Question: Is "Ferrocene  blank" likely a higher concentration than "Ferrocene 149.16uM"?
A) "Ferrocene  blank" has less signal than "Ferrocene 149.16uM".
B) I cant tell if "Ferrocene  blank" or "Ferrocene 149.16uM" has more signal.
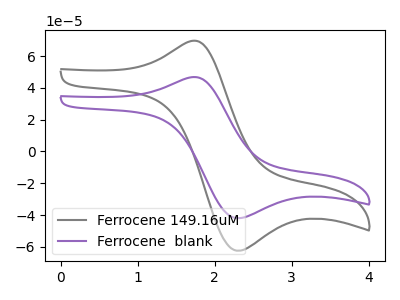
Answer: <think>The gray curve "Ferrocene 149.16uM" has an anodic peak at (1.70V, 69.45uA) and a cathodic peak at (2.30V, -62.40uA). The purple curve "Ferrocene  blank" has an anodic peak at (1.70V, 46.65uA) and a cathodic peak at (2.30V, -41.95uA).
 All the peaks in "Ferrocene  blank" have a peak in "Ferrocene 149.16uM" at the same potential. Every peak in "Ferrocene  blank" is lower than every peak in "Ferrocene 149.16uM".</think>
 <answer>A) "Ferrocene  blank" has less signal than "Ferrocene 149.16uM".</answer>
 <eval>A</eval>